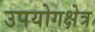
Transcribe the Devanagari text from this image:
उपयोगक्षेत्र